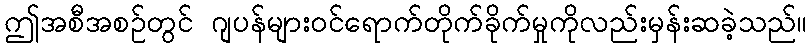
ဤအစီအစဉ်တွင် ဂျပန်များဝင်ရောက်တိုက်ခိုက်မှုကိုလည်းမှန်းဆခဲ့သည်။